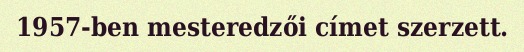
1957-ben mesteredzői címet szerzett.